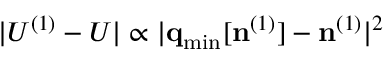
\vert { \cal U } ^ { ( 1 ) } - U \vert \propto \vert { \bf q } _ { \mathrm { m i n } } [ { \bf n } ^ { ( 1 ) } ] - { \bf n } ^ { ( 1 ) } \vert ^ { 2 }